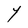
Character: Y